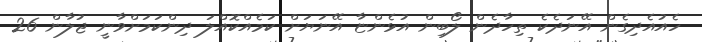
ހެއުއެދިގެން އޭނަދެކެ ތިހާދެން ލޯބިން އުޅެންޏާ އޭނަޔަށް ކަމެއްކޮއްލަ ދިންކަމަށްވާނީ ޖުލާން 26